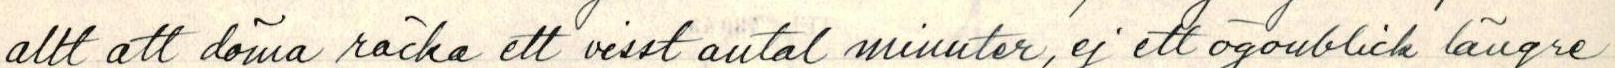
allt att döma räcka ett visst antal minuter, ej ett ögonblick längre